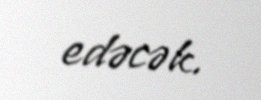
edəcək.